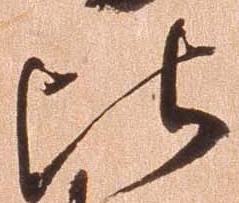
比